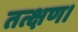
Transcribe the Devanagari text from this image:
तत्क्षण।